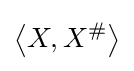
\left\langle X,X^{\#}\right\rangle